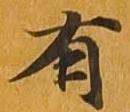
有